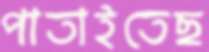
পাতাইতেছ